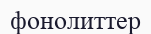
фонолиттер